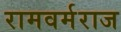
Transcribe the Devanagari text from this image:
रामवर्मराज